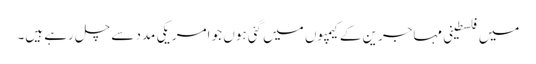
میں فلسطینی مہاجرین کے کیمپوں میں گئی ہوں جو امریکی مدد سے چل رہے ہیں۔